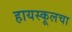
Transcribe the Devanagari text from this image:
हायस्कूलचा